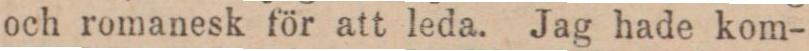
och romanesk för att leda. Jag hade kom-